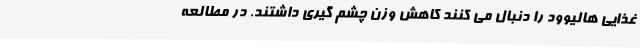
غذایی هالیوود را دنبال می کنند کاهش وزن چشم گیری داشتند. در مطالعه